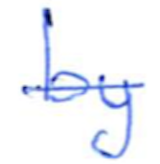
Text: by
Cross-out: single-line
Writing tool: ballpoint